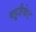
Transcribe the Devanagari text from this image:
ब्लूजैकेट